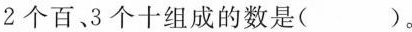
2个百、3个十组成的数是( )。